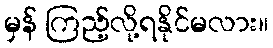
မှန် ကြည့်လို့ရနိုင်မလား။